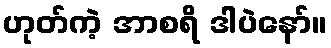
ဟုတ်ကဲ့ အာစရိ ဒါပဲနော်။